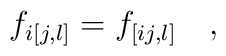
f_{i[j,l]}=f_{[ij,l]}    \quad ,